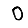
Digit: 0